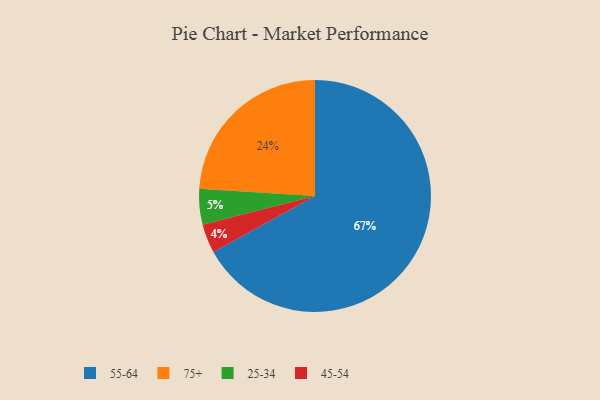
{"axis": {"x": "Category", "y": "Percentage"}, "legend": ["25-34", "45-54", "55-64", "75+"], "data": [{"x": "25-34", "y": 5, "type": "25-34"}, {"x": "55-64", "y": 67, "type": "55-64"}, {"x": "45-54", "y": 4, "type": "45-54"}, {"x": "75+", "y": 24, "type": "75+"}]}